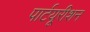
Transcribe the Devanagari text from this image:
पार्टयूरीशन